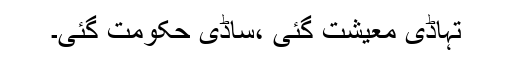
تہاڈی معیشت گئی ،ساڈی حکومت گئی۔